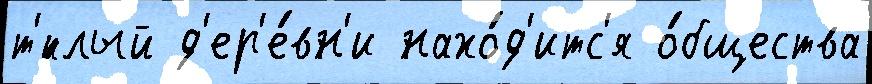
т'́плый д'ер'е́вн'и нахо́д'итс'я о́бщества